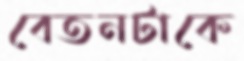
বেতনটাকে